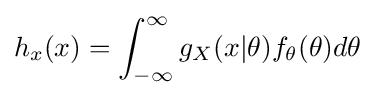
h_{x}(x)=\int _{-\infty }^{\infty }g_{X}(x|\theta )f_{\theta }(\theta )d\theta